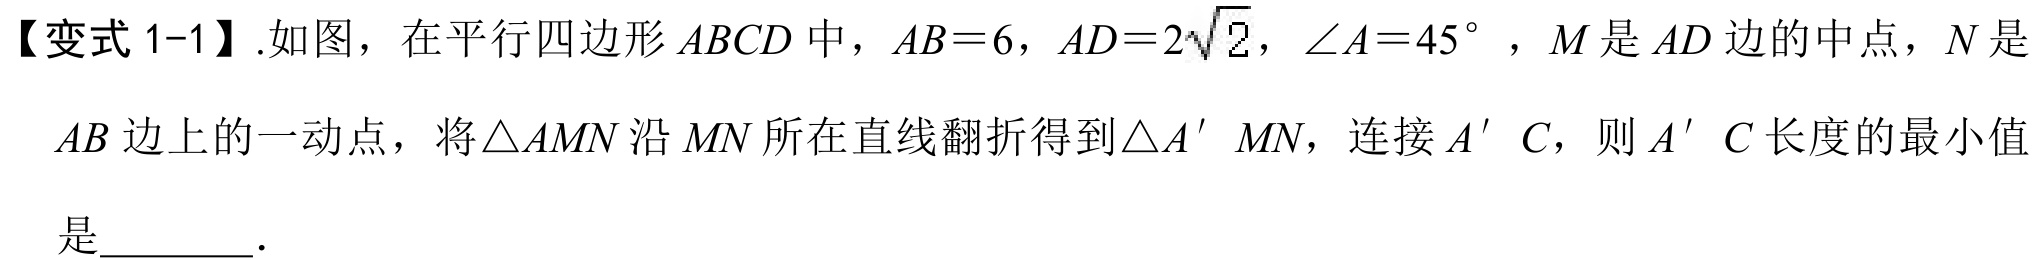
【变式 1-1】.如图，在平行四边形 \(ABCD\) 中，\(AB = 6\)，\(AD = 2\sqrt{2}\)，\(\angle A = 45^{\circ}\)，\(M\) 是 \(AD\) 边的中点，\(N\) 是 \(AB\) 边上的一动点，将\(\triangle AMN\) 沿 \(MN\) 所在直线翻折得到\(\triangle A'MN\)，连接 \(A'C\)，则 \(A'C\) 长度的最小值是\(\underline{\quad\quad}\).